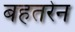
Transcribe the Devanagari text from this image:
बहतरेन